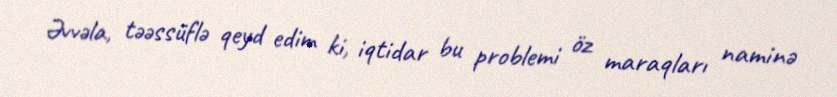
Əvvəla, təəssüflə qeyd edim ki, iqtidar bu problemi öz maraqları naminə